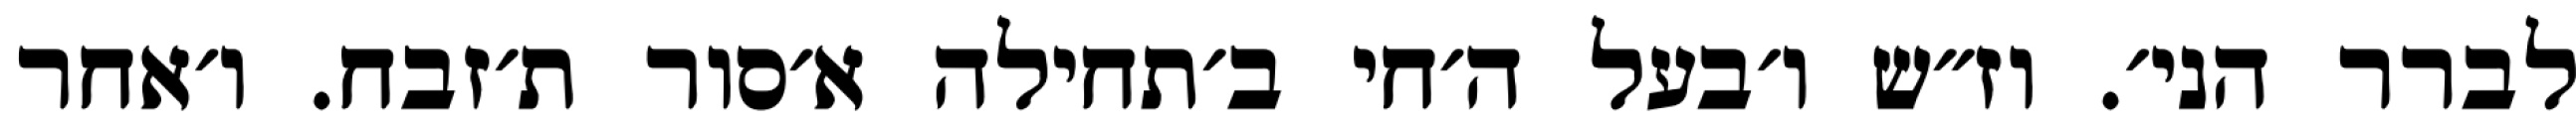
לברר הני׳. וז״ש ו׳בעל ה׳חי ב׳תחילה א׳סור ת׳זבח. ו׳אחר